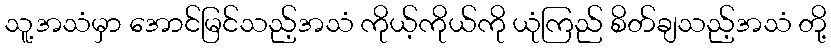
သူ့အသံမှာ အောင်မြင်သည့်အသံ ကိုယ့်ကိုယ်ကို ယုံကြည် စိတ်ချသည့်အသံ တို့